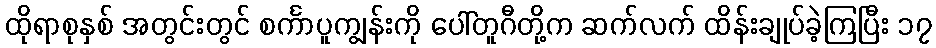
ထိုရာစုနှစ် အတွင်းတွင် စင်္ကာပူကျွန်းကို ပေါ်တူဂီတို့က ဆက်လက် ထိန်းချုပ်ခဲ့ကြပြီး ၁၇